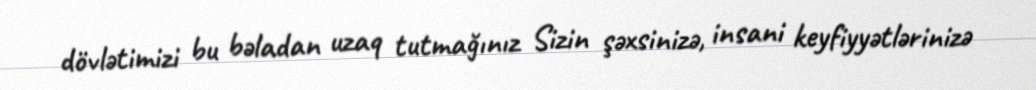
dövlətimizi bu bəladan uzaq tutmağınız Sizin şəxsinizə, insani keyfiyyətlərinizə